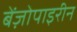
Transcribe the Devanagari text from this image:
बेंज़ोपाइरीन